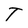
Character: T